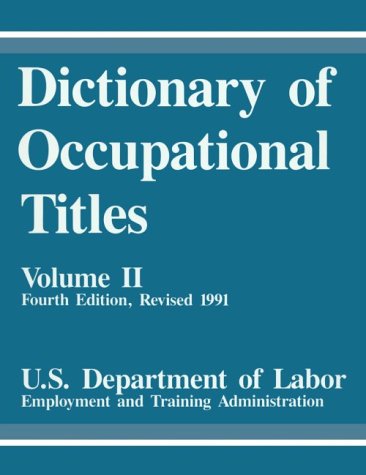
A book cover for Dictionary of Occupational Titles (Volume II); U S Department of Labor; Business & Money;